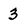
Character: 3